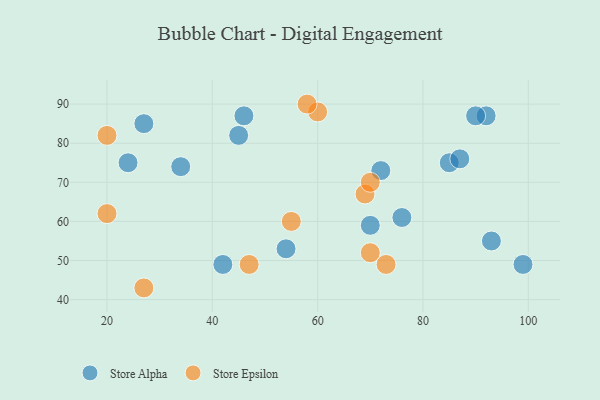
{"axis": {"x": "GDP", "y": "Life Expectancy"}, "legend": ["Store Alpha", "Store Epsilon"], "data": [{"x": "85", "y": 75, "type": "Store Alpha"}, {"x": "72", "y": 73, "type": "Store Alpha"}, {"x": "42", "y": 49, "type": "Store Alpha"}, {"x": "27", "y": 85, "type": "Store Alpha"}, {"x": "99", "y": 49, "type": "Store Alpha"}, {"x": "45", "y": 82, "type": "Store Alpha"}, {"x": "46", "y": 87, "type": "Store Alpha"}, {"x": "54", "y": 53, "type": "Store Alpha"}, {"x": "70", "y": 59, "type": "Store Alpha"}, {"x": "76", "y": 61, "type": "Store Alpha"}, {"x": "34", "y": 74, "type": "Store Alpha"}, {"x": "92", "y": 87, "type": "Store Alpha"}, {"x": "87", "y": 76, "type": "Store Alpha"}, {"x": "24", "y": 75, "type": "Store Alpha"}, {"x": "90", "y": 87, "type": "Store Alpha"}, {"x": "93", "y": 55, "type": "Store Alpha"}, {"x": "55", "y": 60, "type": "Store Epsilon"}, {"x": "20", "y": 82, "type": "Store Epsilon"}, {"x": "47", "y": 49, "type": "Store Epsilon"}, {"x": "20", "y": 62, "type": "Store Epsilon"}, {"x": "69", "y": 67, "type": "Store Epsilon"}, {"x": "70", "y": 70, "type": "Store Epsilon"}, {"x": "70", "y": 52, "type": "Store Epsilon"}, {"x": "60", "y": 88, "type": "Store Epsilon"}, {"x": "73", "y": 49, "type": "Store Epsilon"}, {"x": "58", "y": 90, "type": "Store Epsilon"}, {"x": "27", "y": 43, "type": "Store Epsilon"}]}